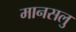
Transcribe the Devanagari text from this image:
मानसलु